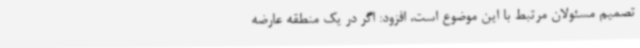
تصمیم مسئولان مرتبط با این موضوع است، افزود: اگر در یک منطقه عارضه